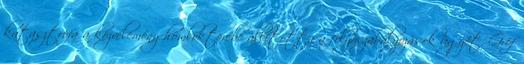
katasztrófa a közvélemény homlokterébe állította a folyószabályozások ügyét. Gróf